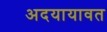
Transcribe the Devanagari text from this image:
अदयायावत